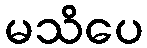
မသိပေ